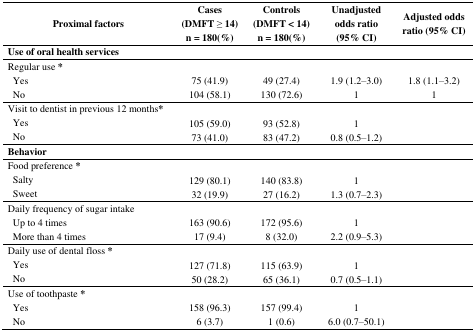
<table><thead><tr><td colspan="2"><b>Proximal factors</b></td><td><b>Cases(DMFT ≥ 14)n = 180(%)</b></td><td><b>Controls(DMFT &lt; 14)n = 180(%)</b></td><td><b>Unadjusted odds ratio(95% CI)</b></td><td><b>Adjusted odds ratio (95% CI)</b></td></tr></thead><tbody><tr><td colspan="6"><b>Use of oral health services</b></td></tr><tr><td colspan="2">Regular use *</td><td></td><td></td><td></td><td></td></tr><tr><td> </td><td>Yes</td><td>75 (41.9)</td><td>49 (27.4)</td><td>1.9 (1.2–3.0)</td><td>1.8 (1.1–3.2)</td></tr><tr><td> </td><td>No</td><td>104 (58.1)</td><td>130 (72.6)</td><td>1</td><td>1</td></tr><tr><td colspan="2">Visit to dentist in previous 12 months*</td><td></td><td></td><td></td><td></td></tr><tr><td> </td><td>Yes</td><td>105 (59.0)</td><td>93 (52.8)</td><td>1</td><td></td></tr><tr><td> </td><td>No</td><td>73 (41.0)</td><td>83 (47.2)</td><td>0.8 (0.5–1.2)</td><td></td></tr><tr><td colspan="6"><b>Behavior</b></td></tr><tr><td colspan="2">Food preference *</td><td></td><td></td><td></td><td></td></tr><tr><td> </td><td>Salty</td><td>129 (80.1)</td><td>140 (83.8)</td><td>1</td><td></td></tr><tr><td> </td><td>Sweet</td><td>32 (19.9)</td><td>27 (16.2)</td><td>1.3 (0.7–2.3)</td><td></td></tr><tr><td colspan="2">Daily frequency of sugar intake</td><td></td><td></td><td></td><td></td></tr><tr><td> </td><td>Up to 4 times</td><td>163 (90.6)</td><td>172 (95.6)</td><td>1</td><td></td></tr><tr><td> </td><td>More than 4 times</td><td>17 (9.4)</td><td>8 (32.0)</td><td>2.2 (0.9–5.3)</td><td></td></tr><tr><td colspan="2">Daily use of dental floss *</td><td></td><td></td><td></td><td></td></tr><tr><td> </td><td>Yes</td><td>127 (71.8)</td><td>115 (63.9)</td><td>1</td><td></td></tr><tr><td> </td><td>No</td><td>50 (28.2)</td><td>65 (36.1)</td><td>0.7 (0.5–1.1)</td><td></td></tr><tr><td colspan="2">Use of toothpaste *</td><td></td><td></td><td></td><td></td></tr><tr><td> </td><td>Yes</td><td>158 (96.3)</td><td>157 (99.4)</td><td>1</td><td></td></tr><tr><td> </td><td>No</td><td>6 (3.7)</td><td>1 (0.6)</td><td>6.0 (0.7–50.1)</td><td></td></tr></tbody></table>